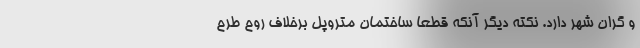
و گران شهر دارد. نکته دیگر آنکه قطعا ساختمان متروپل برخلاف روح طرح